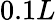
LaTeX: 0.1L